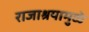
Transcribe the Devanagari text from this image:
राजाश्रयामुळे